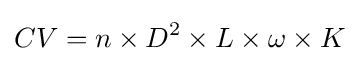
CV=n\times D^{2}\times L\times \omega \times K